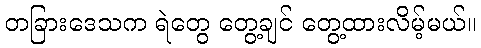
တခြားဒေသက ရဲတွေ တွေ့ချင် တွေ့ထားလိမ့်မယ်။